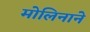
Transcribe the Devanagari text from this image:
मोलिनाने